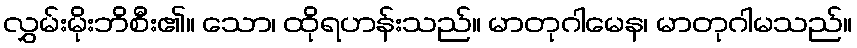
လွှမ်းမိုးဘိစီး၏။ သော၊ ထိုရဟန်းသည်။ မာတုဂါမေန၊ မာတုဂါမသည်။